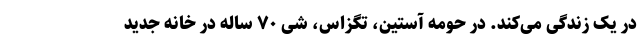
در یک زندگی می‌کند. در حومه آستین، تگزاس، شی ۷۰ ساله در خانه جدید